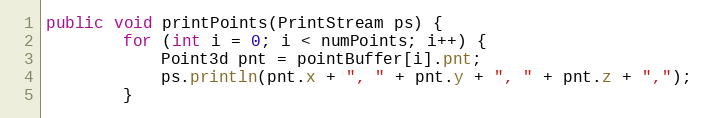
Language: Java
public void printPoints(PrintStream ps) {
        for (int i = 0; i < numPoints; i++) {
            Point3d pnt = pointBuffer[i].pnt;
            ps.println(pnt.x + ", " + pnt.y + ", " + pnt.z + ",");
        }